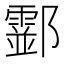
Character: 𨟘